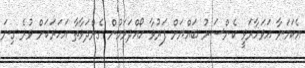
އެކަމަނާ އަވަހާރަވީ ކެންސަރު ބައްޔަށް ފަރުވާ ހޯއްދަވަމުން ގެންދަވާތާ އަހަރަކަށް ވުރެ ގިނަ